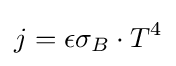
j=\epsilon \sigma _{B}\cdot T^{4}